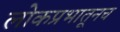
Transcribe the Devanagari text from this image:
लोकप्रभातूनच